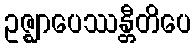
ဥဇ္ဈာပေဿန္တီတိပေ